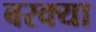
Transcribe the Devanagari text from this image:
बरक्या